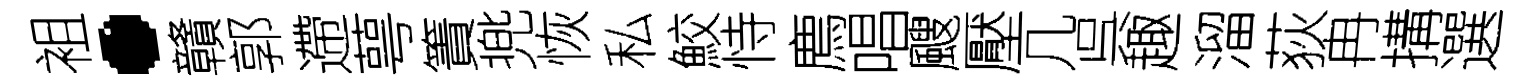
袓·贛郭遰萼簀兠恢私鮫恃廌唱颼壓几呉趣溜荻冉搆選